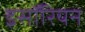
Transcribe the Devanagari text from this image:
इसॉरियन